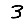
Digit: 3